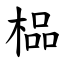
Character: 榀